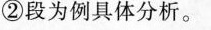
②段为例具体分析。